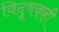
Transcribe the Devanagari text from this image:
विदूषकही